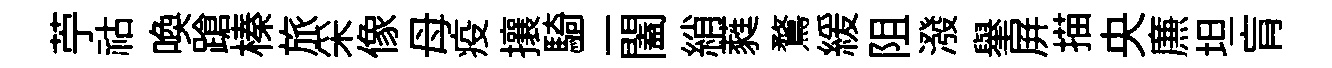
苧祜喚蹌榛旅采像母疫攘騎二闔綃蕤鶩緩阻潑𦦙屛描央㢘坦肓